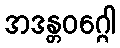
အဒန္တဝဂ္ဂေါ